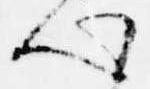
心